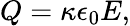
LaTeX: Q=\kappa\epsilon_{0}E,